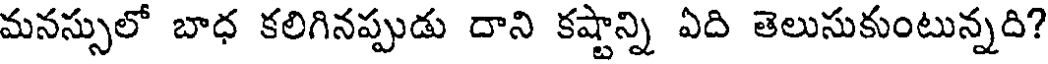
మనస్సులో బాధ కలిగినప్పుడు దాని కష్టాన్ని ఏది తెలుసుకుంటున్నది?